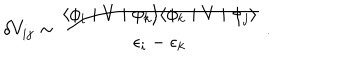
LaTeX: \delta V _ { i j } \sim { \frac { \langle \phi _ { i } \mid V \mid \phi _ { k } \rangle \langle \phi _ { k } \mid V \mid \phi _ { j } \rangle } { \epsilon _ { i } - \epsilon _ { k } } } \; .